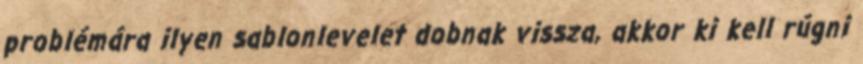
problémára ilyen sablonlevelet dobnak vissza, akkor ki kell rúgni